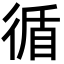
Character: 循